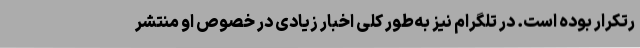
رتکرار بوده است. در تلگرام نیز به‌طور کلی اخبار زیادی در خصوص او منتشر